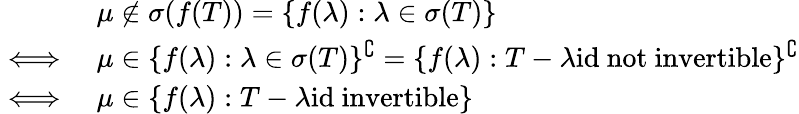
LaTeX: \begin{array}{rl}&{\mu\not\in\sigma(f(T))=\{ f(\lambda):\lambda\in\sigma(T)\} }\\ {\iff}&{\mu\in\{ f(\lambda):\lambda\in\sigma(T)\} ^{\complement}=\{ f(\lambda):T-\lambda\mathrm{id}\mathrm{~not~invertible}\} ^{\complement}}\\ {\iff}&{\mu\in\{ f(\lambda):T-\lambda\mathrm{id}\mathrm{~invertible}\} }\end{array}